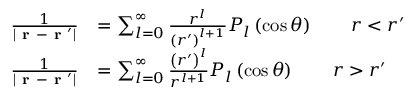
\begin{array} { r l } { \frac { 1 } { \left| \textbf { r } - \textbf { r } ^ { \prime } \right| } } & { = \sum _ { l = 0 } ^ { \infty } \frac { r ^ { l } } { \left( r ^ { \prime } \right) ^ { l + 1 } } P _ { l } \left( \cos \theta \right) \qquad r < r ^ { \prime } } \\ { \frac { 1 } { \left| \textbf { r } - \textbf { r } ^ { \prime } \right| } } & { = \sum _ { l = 0 } ^ { \infty } \frac { \left( r ^ { \prime } \right) ^ { l } } { r ^ { l + 1 } } P _ { l } \left( \cos \theta \right) \qquad r > r ^ { \prime } } \end{array}